Report on sanitation, dispensaries, and jails in Rajputana for 1917, and on vaccination for the year 1917-1918 - 1917-1918
Year: 1917
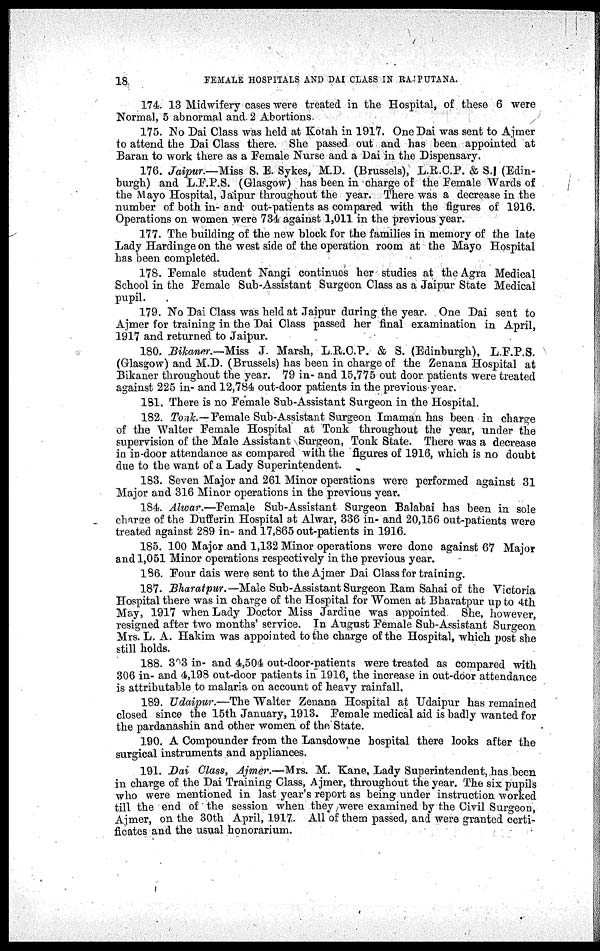
18
FEMALE HOSPITALS AND DAI CLASS IN RAJPUTANA.
174. 13 Midwifery cases were treated in the Hospital, of these 6 were
Normal, 5 abnormal and. 2 Abortions.
175. No Dai Class was held at Kotah in 1917. One Dai was sent to Ajmer
to attend the Dai Class there. She passed out and has been appointed at
Baran to work there as a Female Nurse and a Dai in the Dispensary.
176. Jaipur.—Miss S. E. Sykes, M.D. (Brussels), L.R.C.P. & S.I (Edin-
burgh) and L.F.P.S. (Glasgow) has been in charge of the Female Wards of
the Mayo Hospital, Jaipur throughout the year. There was a decrease in the
number of both in- and out-patients as compared with the figures of 1916.
Operations on women were 734 against 1,011 in the previous year.
177. The building of the new block for the families in memory of the late
Lady Hardinge on the west side of the operation room at the Mayo Hospital
has been completed.
178. Female student Nangi continues her studies at the Agra Medical
School in the Female Sub-Assistant Surgeon Class as a Jaipur State Medical
pupil.
179. No Dai Class was held at Jaipur during the year. One Dai sent to
Ajmer for training in the Dai Class passed her final examination in April,
1917 and returned to Jaipur.
180. Bikaner.—Miss J. Marsh, L.R.C.P. & S. (Edinburgh), L.F.P.S.
(Glasgow) and M.D. (Brussels) has been in charge of the Zenana Hospital at
Bikaner throughout the year. 79 in- and 15,775 out door patients were treated
against 225 in- and 12,784 out-door patients in the previous year.
181. There is no Female Sub-Assistant Surgeon in the Hospital.
182. Tonk—Female Sub-Assistant Surgeon Imaman has been in charge
of the Walter Female Hospital at Tonk throughout the year, under the
supervision of the Male Assistant Surgeon, Tonk State. There was a decrease
in in-door attendance as compared with the figures of 1916, which is no doubt
due to the want of a Lady Superintendent.
183. Seven Major and 261 Minor operations were performed against 31
Major and 316 Minor operations in the previous year.
184. Alwar.—Female Sub-Assistant Surgeon Balabai has been in sole
charge of the Dufferin Hospital at Alwar, 336 in- and 20,156 out-patients were
treated against 289 in- and 17,865 out-patients in 1916.
185. 100 Major and 1,132 Minor operations were done against 67 Major
and 1,051 Minor operations respectively in the previous year.
186. Four dais were sent to the Ajmer Dai Class for training.
187. Bharatpur. —Male Sub-Assistant Surgeon Ram Sahai of the Victoria
Hospital there was in charge of the Hospital for Women at Bharatpur up to 4th
May, 1917 when Lady Doctor Miss Jardine was appointed She, however,
resigned after two months' service. In August Female Sub-Assistant Surgeon
Mrs. L. A. Hakim was appointed to the charge of the Hospital, which post she
still holds.
188. 303 in- and 4,504 out-door-patients were treated as compared with
306 in- and 4,198 out-door patients in 1916, the increase in out-door attendance
is attributable to malaria on account of heavy rainfall,
189. Udaipur.—The Walter Zenana Hospital at Udaipur has remained
closed since the 15th January, 1913. Female medical aid is badly wanted for
the pardanashin and other women of the State.
190. A Compounder from the Lansdowne hospital there looks after the
surgical instruments and appliances.
191. Dai Class, Ajmer.—Mrs. M. Kane, Lady Superintendent, has been
in charge of the Dai Training Class, Ajmer, throughout the year. The six pupils
who were mentioned in last year's report as being under instruction worked
till the end of the session when they were examined by the Civil Surgeon,
Ajmer, on the 30th April, 1917. All of them passed, and were granted certi-
ficates and the usual honorarium.